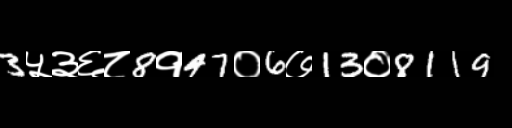
Text: 3५३६८8१47०6७13०8119